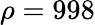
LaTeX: \rho=998